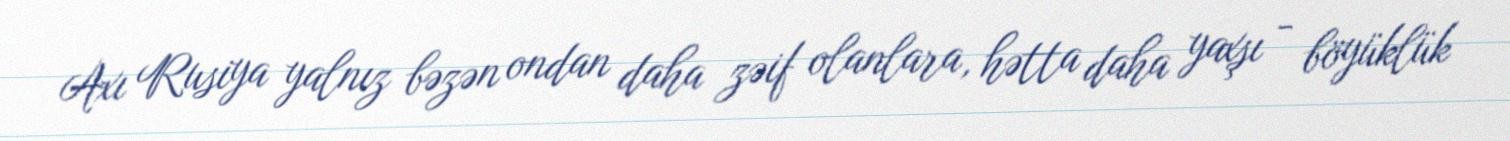
Axı Rusiya yalnız bəzən ondan daha zəif olanlara, hətta daha yaxşı - böyüklük